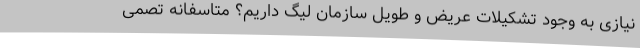
نیازی به وجود تشکیلات عریض و طویل سازمان لیگ داریم؟ متاسفانه تصمی